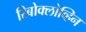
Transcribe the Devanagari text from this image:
रिबोक्लोव्हिन